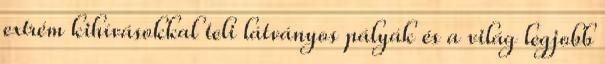
extrém kihívásokkal teli látványos pályák és a világ legjobb